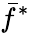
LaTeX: \bar{f}^{*}